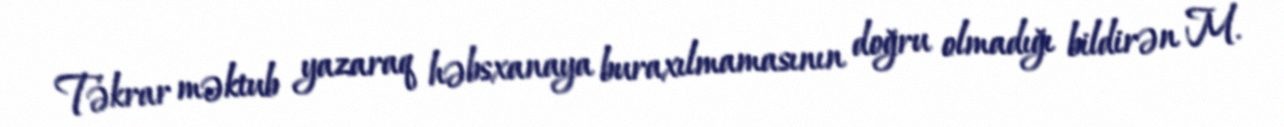
Təkrar məktub yazaraq həbsxanaya buraxılmamasının doğru olmadığı bildirən M.